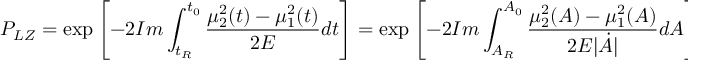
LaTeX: { P _ { L Z } } = \exp \left[ - 2 { \cal I } m \int _ { t _ { R } } ^ { t _ { 0 } } \frac { { \mu _ { 2 } ^ { 2 } ( t ) } - { \mu _ { 1 } ^ { 2 } ( t ) } } { 2 E } d t \right] = \exp \left[ - 2 { \cal I } m \int _ { A _ { R } } ^ { A _ { 0 } } \frac { { \mu _ { 2 } ^ { 2 } ( A ) } - { \mu _ { 1 } ^ { 2 } ( A ) } } { 2 E | { \dot { A } } | } d A \right] \; ,